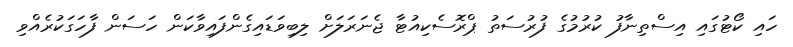
ހައި ކޯޓުގައި އިސްތިނާފު ކުރުމުގެ ފުރުސަތު ޕްރޮސެކިއުޓާ ޖެނަރަލަށް ލިބިވަޑައިގެންފައިވާކަން ހަސަން ފާހަގަކުރެއްވި